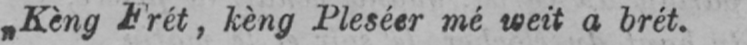
„Kèng Frét, kèng Pleséer mé weit a brét.